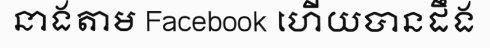
នាងតាម Facebook ហើយបានដឹង